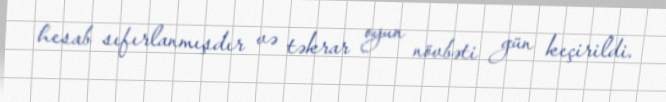
hesab sıfırlanmışdır və təkrar oyun növbəti gün keçirildi.